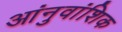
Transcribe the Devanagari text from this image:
आंनुवांशिक